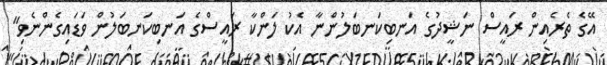
އޭގެ ތެރެއިން ރައީސް ނަޝީދުގެ އަނބިކަނބަލުންނާ އެކު ލަންކާ ރައީސްގެ އަނބިކަނބަލުން ވަޑައިގެންނެވި"